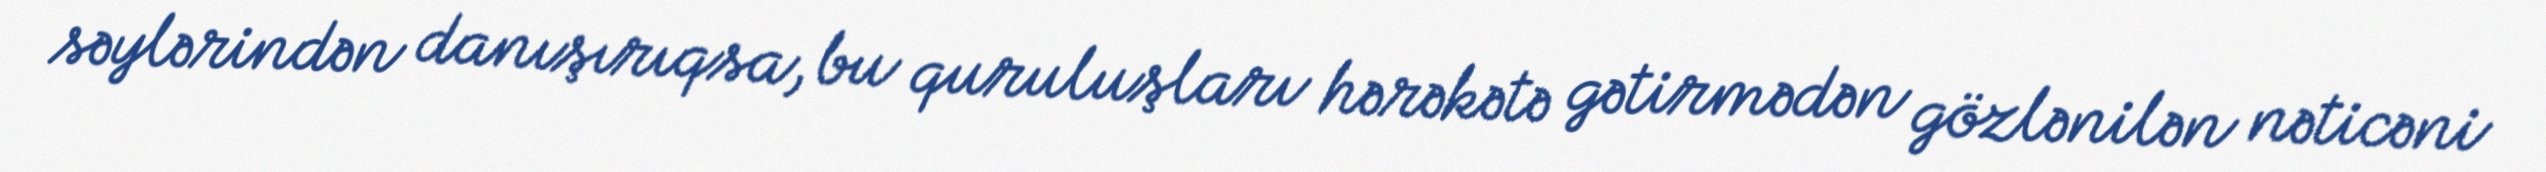
səylərindən danışırıqsa, bu quruluşları hərəkətə gətirmədən gözlənilən nəticəni